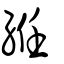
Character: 絍